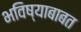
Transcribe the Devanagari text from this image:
भविष्याबाबत